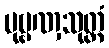
ပုဗ္ဗဏှသုတ္တံ